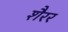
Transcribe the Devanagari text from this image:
शैरर